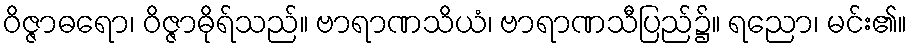
ဝိဇ္ဇာဓရော၊ ဝိဇ္ဇာဓိုရ်သည်။ ဗာရာဏသိယံ၊ ဗာရာဏသီပြည်၌။ ရညော၊ မင်း၏။